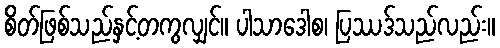
စိတ်ဖြစ်သည်နှင့်တကွလျှင်။ ပါသာဒေါစ၊ ပြဿဒ်သည်လည်း။